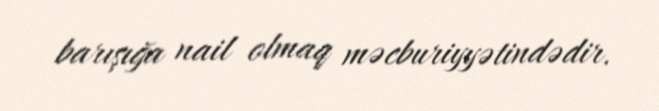
barışığa nail olmaq məcburiyyətindədir.